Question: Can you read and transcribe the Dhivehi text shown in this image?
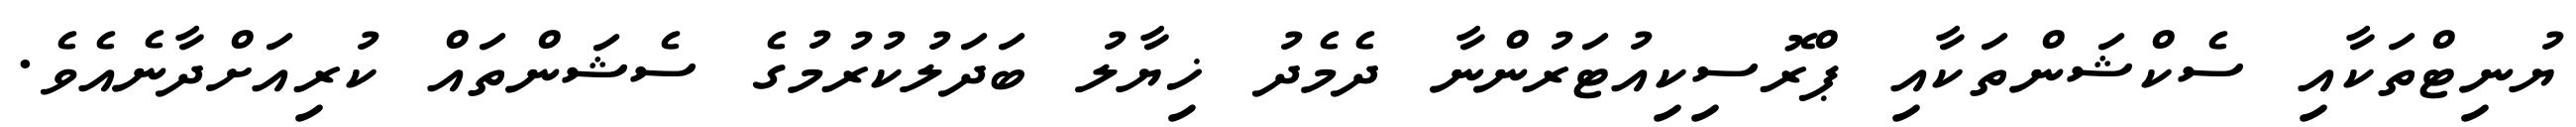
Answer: ޔުނިޓްތަކާއި ސެކްޝަންތަކާއި ޕްރޮސިކިއުޓަރުންނާ ދެމެދު ޚިޔާލު ބަދަލުކުރުމުގެ ސެޝަންތައް ކުރިއަށްދާނެއެވެ.